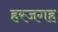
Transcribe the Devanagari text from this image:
हरजगह